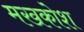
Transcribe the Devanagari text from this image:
मखकोश